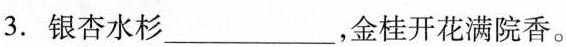
3. 银杏水杉___，金桂花开满院香。